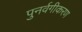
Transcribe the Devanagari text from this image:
पुनर्वगीकरण